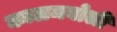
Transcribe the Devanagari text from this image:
कालमबोली